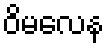
ဝိမလေန